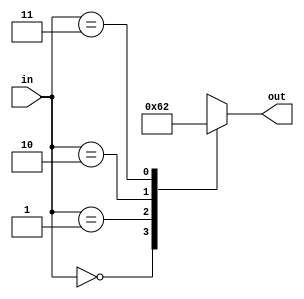
/*
   This file was generated automatically by the Mojo IDE version B1.3.6.
   Do not edit this file directly. Instead edit the original Lucid source.
   This is a temporary file and any changes made to it will be destroyed.
*/

module convertsingleled_26 (
    input [1:0] in,
    output reg [2:0] out
  );
  
  
  
  always @* begin
    
    case (in)
      2'h0: begin
        out = 3'h0;
      end
      2'h1: begin
        out = 3'h1;
      end
      2'h2: begin
        out = 3'h4;
      end
      2'h3: begin
        out = 3'h2;
      end
      default: begin
        out = 3'h0;
      end
    endcase
  end
endmodule